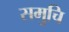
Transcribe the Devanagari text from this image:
समुचि